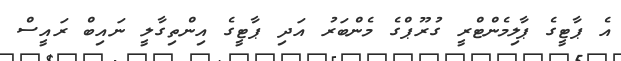
އެ ޕާޓީގެ ޕާލިމެންޓްރީ ގުރޫޕްގެ މެންބަރު އަދި ޕާޓީގެ އިންތިގާލީ ނައިބް ރައީސް